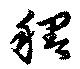
稠